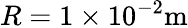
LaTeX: R=1\times 10^{-2}\mathrm{m}